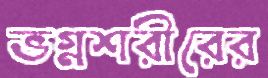
ভগ্নশরীরের